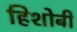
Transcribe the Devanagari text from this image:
हिशोबी